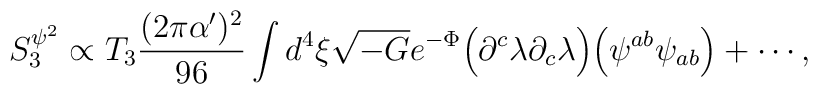
S_3^{\psi^2} \propto  T_3 {{(2 \pi \alpha')^2} \over {96}}  \int d^4 \xi \sqrt{-G} e^{-\Phi}  \Big( \partial^c \lambda \partial_c \lambda \Big)  \Big( \psi^{ab} \psi_{ab} \Big) + \cdots,